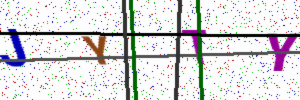
Text: JYTY